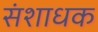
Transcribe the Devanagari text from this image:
संशाधक